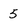
Character: 5